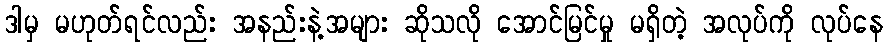
ဒါမှ မဟုတ်ရင်လည်း အနည်းနဲ့အများ ဆိုသလို အောင်မြင်မှု မရှိတဲ့ အလုပ်ကို လုပ်နေ